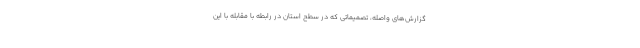
گزارش‌های واصله، تصمیماتی که در سطح استان در رابطه با مقابله با این